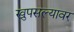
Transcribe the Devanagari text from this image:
खुपसल्यावर